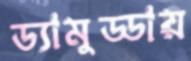
ড্যামুড্ডায়